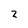
Character: 2